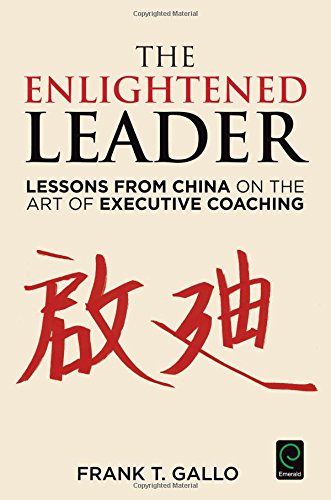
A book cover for The Enlightened Leader: Lessons from China on the Art of Executive Coaching; Frank T. Gallo; Business & Money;